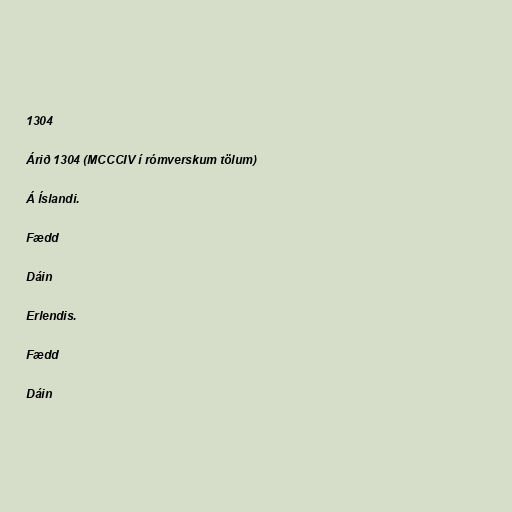
1304

Árið 1304 (MCCCIV í rómverskum tölum)

Á Íslandi.

Fædd

Dáin

Erlendis.

Fædd

Dáin